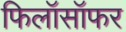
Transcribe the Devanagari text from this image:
फिलॉसॉफर